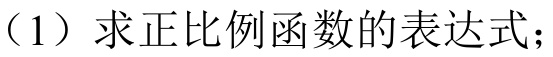
（1）求正比例函数的表达式；